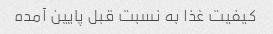
کیفیت غذا به نسبت قبل پایین آمده